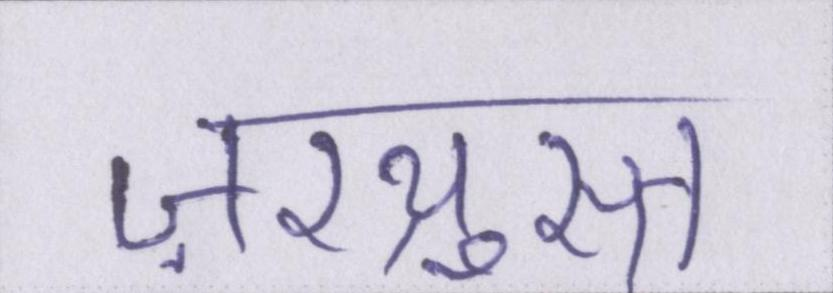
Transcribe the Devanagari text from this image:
ज़रथ्रुस्त